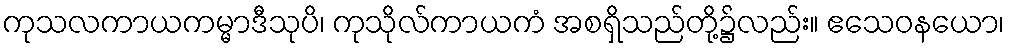
ကုသလကာယကမ္မာဒီသုပိ၊ ကုသိုလ်ကာယကံ အစရှိသည်တို့၌လည်း။ ဧသေဝနယော၊